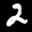
Label: 2